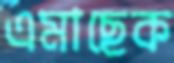
এমাছেক